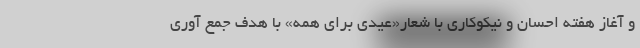
و آغاز هفته احسان و نیکوکاری با شعار«عیدی برای همه» با هدف جمع آوری